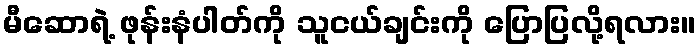
မီဆောရဲ့ ဖုန်းနံပါတ်ကို သူငယ်ချင်းကို ပြောပြလို့ရလား။